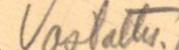
Vastattu.